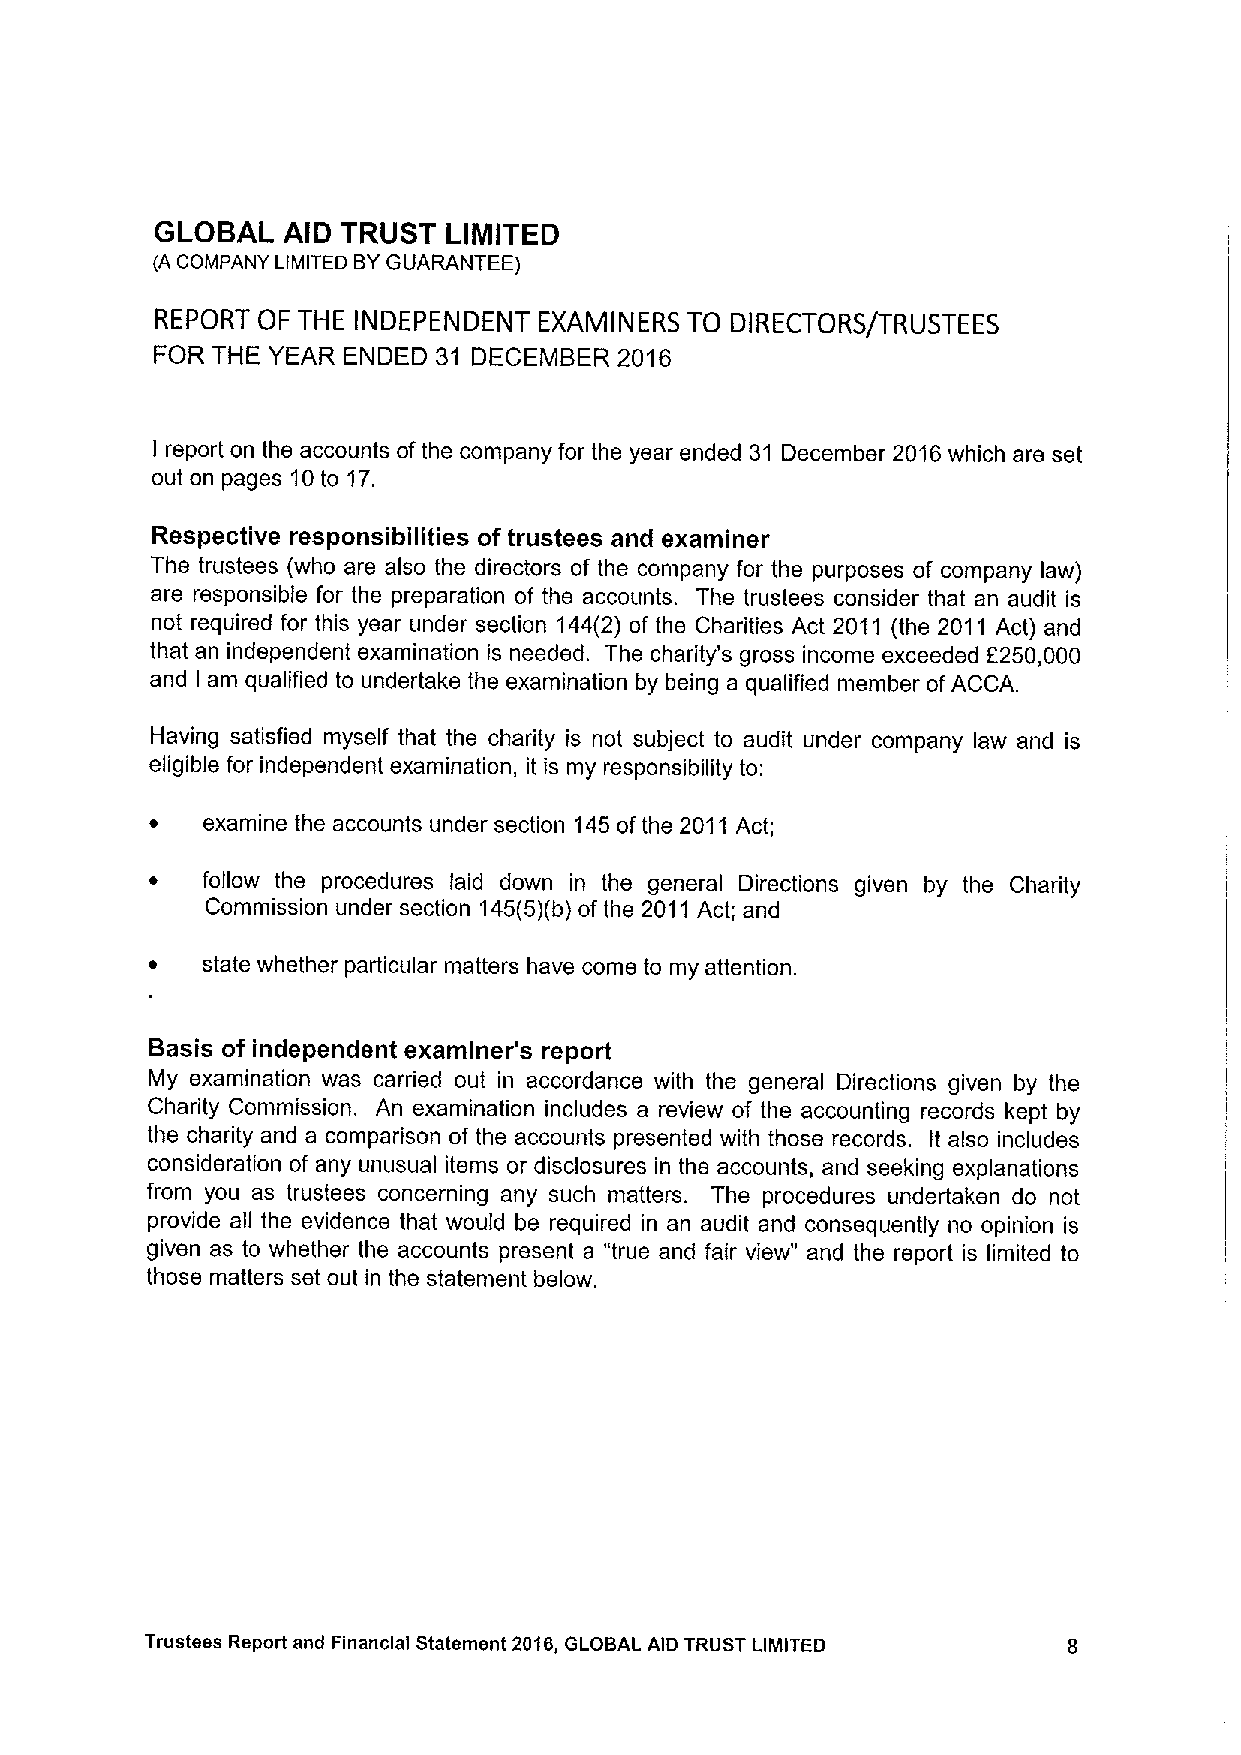
GLOBAL   AID TRUST  LIMITED
 (A COMPANY LIMITED BYGUARANTEE)
 REPORT OF THE INDEPENDENT EXAMINERS TO DIRECTORS/TRUSTEES
 FOR THE YEAR ENDED 31 DECEMBER 2016
 l report on the accounts ofthe company for the year ended 31 December 2016which are set
 out on pages 10to 17.
 Respective responsibilities of trustees and examiner
 The trustees (who are also the directors of the company for the purposes of company law)
 are responsible for the preparation of the accounts. The trustees consider that an audit is
 not required for this year under section 144(2) of the Charities Act 2011 (the 2011 Act) and
 that an independent examination is needed. The charity's gross income exceeded E250,000
 and I am qualified to undertake the examination by being a qualified member ofACCA.
 Having satisfied myself that the charity is not subject to audit under company law and is
 eligible for independent examination, it is my responsibility to:
 ~  examine the accounts under section 145of the 2011 Act;
 ~  follow the procedures laid down in the general Directions given by the Charity
 Commission under section 145(5)(b)of the 2011Act; and
 ~  state whether particular matters have come to my attention.
 Basis of independent examiner's report
 My examination was carried out in accordance with the general Directions given by the
 Charity Commission. An examination includes a review of the accounting records kept by
 the charity and a comparison of the accounts presented with those records. It also includes
 consideration of any unusual items or disclosures in the accounts, and seeking explanations
 from you as trustees concerning any such matters. The procedures undertaken do not
 provide all the evidence that would be required in an audit and consequently no opinion is
 given as to whether the accounts present a "true and fair view" and the report is limited to
 those matters set out in the statement below.
 Trustees Report and Financial Statement 2016,GLOBAL AID TRUST LIMITED